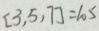
[ 3 , 5 , 7 ] = 1 0 5